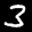
Label: 3